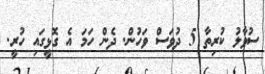
ސުވާލު ކުރިތާ 5 ދުވަސް ވަހުން. ދެން ހަމަ އެ ގޮޅީގައި ހުރީ.